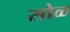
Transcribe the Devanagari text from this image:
सोळ